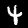
Digit: 4